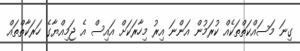
ގިނަ މަސައްކަތްތަކެއް ކުރަމުން އަންނަ އިރު މިހާރަކަށް އައިސް އެ ޖަމިއްޔާގެ ހަރަކާތްތައް